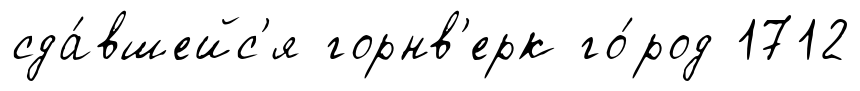
сда́вшейс'я горнв'ерк го́род 1712